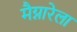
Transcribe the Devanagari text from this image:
मैग्नारेला